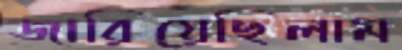
জারিয়েছিলাম